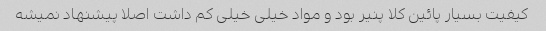
کیفیت بسیار پائین کلا پنیر بود و مواد خیلی خیلی کم داشت اصلا پیشنهاد نمیشه